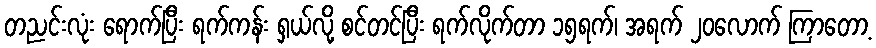
တညင်းလုံး ရောက်ပြီး ရက်ကန်း ရှယ်လို့ စင်တင်ပြီး ရက်လိုက်တာ ၁၅ရက်၊ အရက် ၂၀လောက် ကြာတော့